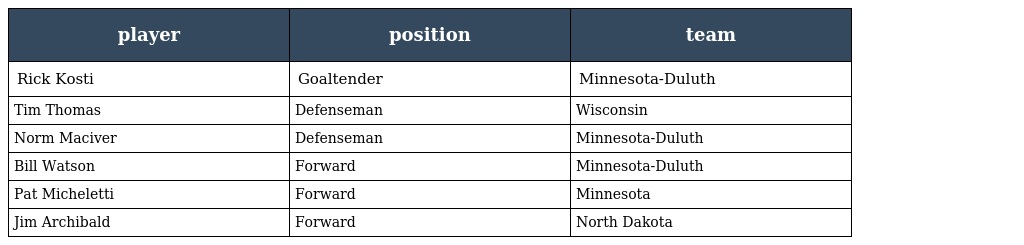
| player | position | team |
 | --- | --- | --- |
 | Rick Kosti | Goaltender | Minnesota-Duluth |
 | Tim Thomas | Defenseman | Wisconsin |
 | Norm Maciver | Defenseman | Minnesota-Duluth |
 | Bill Watson | Forward | Minnesota-Duluth |
 | Pat Micheletti | Forward | Minnesota |
 | Jim Archibald | Forward | North Dakota |